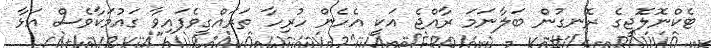
ޓެކްނޮލޮޖީގެ ރޮނގުން ބަލާނަމަ ރާއްޖެ އަކީ އެހެން ހުރިހާ ތަރައްގީވެފައިވާ ގައުމަކާވެސް އަޅާ